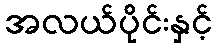
အလယ်ပိုင်းနှင့်